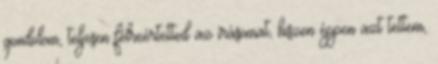
gondolom, teljesen félreértetted az írásomat, hiszen éppen azt tettem,